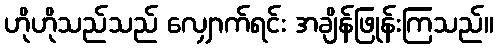
ဟိုဟိုသည်သည် လျှောက်ရင်း အချိန်ဖြုန်းကြသည်။